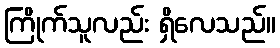
ကြိုက်သူလည်း ရှိလေသည်။